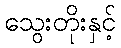
သွေးတိုးနှင့်